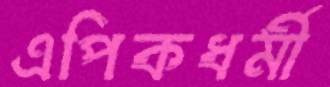
এপিকধর্মী